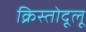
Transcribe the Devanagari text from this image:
क्रिस्तोदूलू